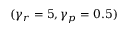
( \gamma _ { r } = 5 , \gamma _ { p } = 0 . 5 )